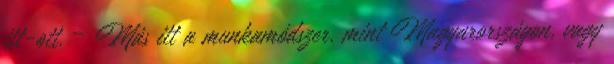
itt-ott. – Más itt a munkamódszer, mint Magyarországon, vagy